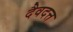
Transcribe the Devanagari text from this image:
दैवदत्त